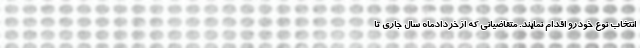
انتخاب نوع خودرو اقدام نمايند. متقاضياني كه ازخردادماه سال جاري تا